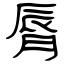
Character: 脣